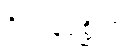
ဂိလာနပုစ္ဆိကာ